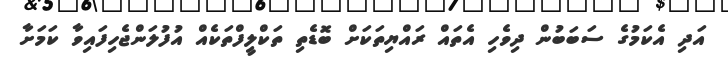
އަދި އެކަމުގެ ސަބަބުން ދިވެހި އެތައް ރައްޔިތަކަށް ބޮޑެތި ތަކްލީފްތަކެއް އުފުލަންޖެހިފައިވާ ކަމަށާ